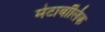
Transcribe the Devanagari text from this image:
मेटाबॉलिक